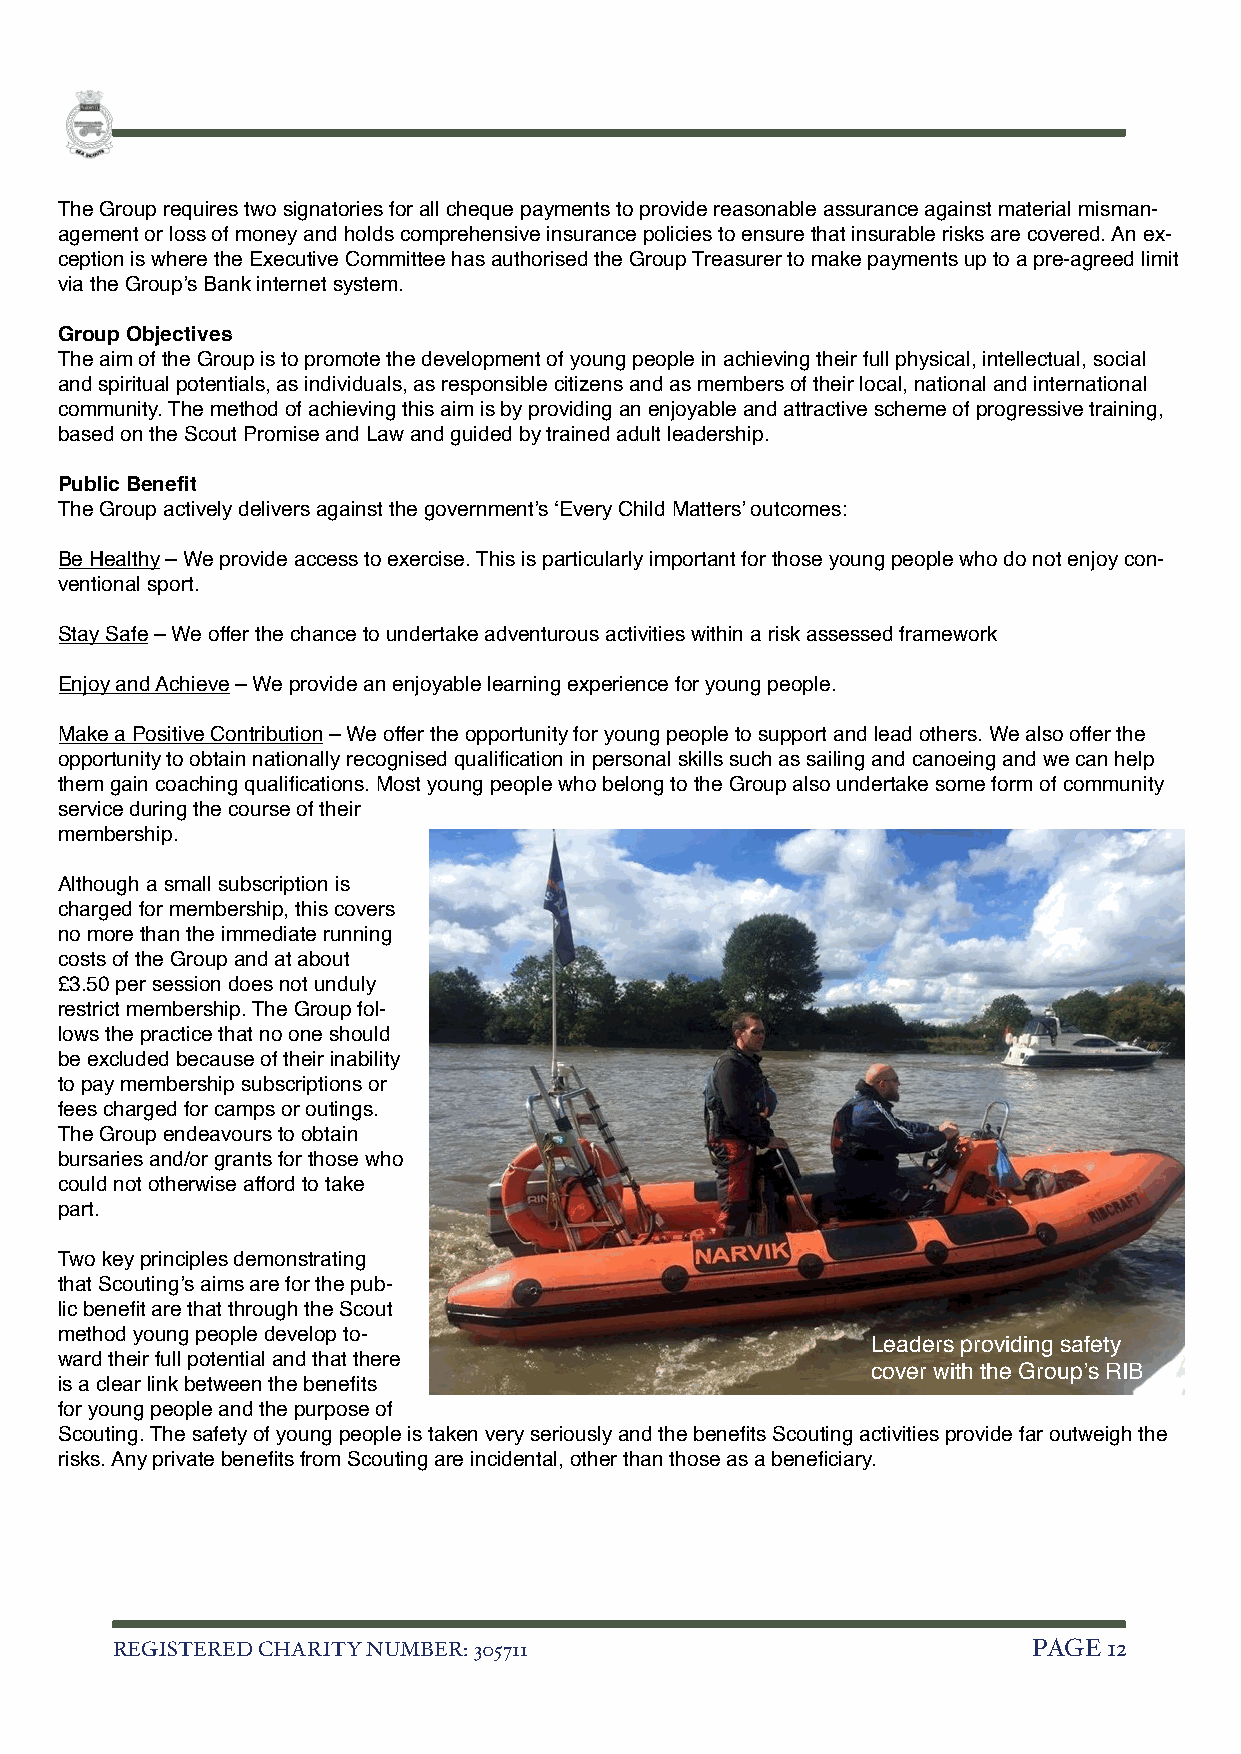
The Group requires two signatories for all cheque payments to provide reasonable assurance against material misman-
 agement or loss of money and holds comprehensive insurance policies to ensure that insurable risks are covered. An ex-
 ception is where the Executive Committee has authorised the Group Treasurer to make payments up to a pre-agreed limit
 via the Group’s Bank internet system.
 Group Objectives
 The aim of the Group is to promote the development of young people in achieving their full physical, intellectual, social
 and spiritual potentials, as individuals, as responsible citizens and as members of their local, national and international
 community. The method of achieving this aim is by providing an enjoyable and attractive scheme of progressive training,
 based on the Scout Promise and Law and guided by trained adult leadership.
 Public Benefit
 The Group actively delivers against the government’s ‘Every Child Matters’ outcomes:
 Be Healthy – We provide access to exercise. This is particularly important for those young people who do not enjoy con-
 ventional sport.
 Stay Safe – We offer the chance to undertake adventurous activities within a risk assessed framework
 Enjoy and Achieve – We provide an enjoyable learning experience for young people.
 Make a Positive Contribution – We offer the opportunity for young people to support and lead others. We also offer the
 opportunity to obtain nationally recognised qualification in personal skills such as sailing and canoeing and we can help
 them gain coaching qualifications. Most young people who belong to the Group also undertake some form of community
 service during the course of their
 membership.
 Although a small subscription is
 charged for membership, this covers
 no more than the immediate running
 costs of the Group and at about
 £3.50 per session does not unduly
 restrict membership. The Group fol-
 lows the practice that no one should
 be excluded because of their inability
 to pay membership subscriptions or
 fees charged for camps or outings.
 The Group endeavours to obtain
 bursaries and/or grants for those who
 could not otherwise afford to take
 part.
 Two key principles demonstrating
 that Scouting’s aims are for the pub-
 lic benefit are that through the Scout
 method young people develop to-
 Leaders providing safety
 ward their full potential and that there
 cover with the Group’s RIB
 is a clear link between the benefits
 for young people and the purpose of
 Scouting. The safety of young people is taken very seriously and the benefits Scouting activities provide far outweigh the
 risks. Any private benefits from Scouting are incidental, other than those as a beneficiary.
 REGISTERED CHARITY NUMBER: 305711                            PAGE 1 2